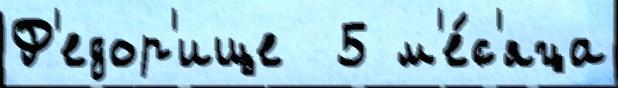
Ф'едор'ище  5 м'е́с'яца